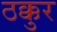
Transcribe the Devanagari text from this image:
ठक्कुर